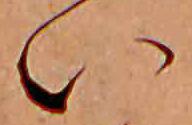
い